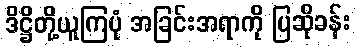
ဒိဋ္ဌိတို့ယူကြပုံ အခြင်းအရာကို ပြဆိုခန်း